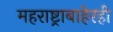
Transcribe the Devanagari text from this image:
महराष्ट्राबाहेरही